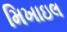
મિખાઇલ